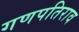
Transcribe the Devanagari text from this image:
गणपतिराव